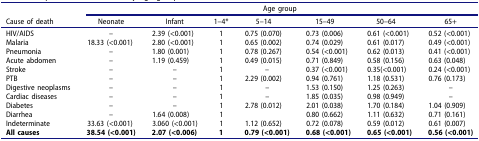
<table><thead><tr><td><b> </b></td><td colspan="7"><b>Age group</b></td></tr><tr><td><b>Cause of death</b></td><td><b>Neonate</b></td><td><b>Infant</b></td><td><b>1–4*</b></td><td><b>5–14</b></td><td><b>15–49</b></td><td><b>50–64</b></td><td><b>65+</b></td></tr></thead><tbody><tr><td>HIV/AIDS</td><td>–</td><td>2.39 (&lt;0.001)</td><td>1</td><td>0.75 (0.070)</td><td>0.73 (0.006)</td><td>0.61 (&lt;0.001)</td><td>0.52 (&lt;0.001)</td></tr><tr><td>Malaria</td><td>18.33 (&lt;0.001)</td><td>2.80 (&lt;0.001)</td><td>1</td><td>0.65 (0.002)</td><td>0.74 (0.029)</td><td>0.61 (0.017)</td><td>0.49 (&lt;0.001)</td></tr><tr><td>Pneumonia</td><td>–</td><td>1.80 (0.001)</td><td>1</td><td>0.78 (0.267)</td><td>0.54 (&lt;0.001)</td><td>0.62 (0.013)</td><td>0.41 (&lt;0.001)</td></tr><tr><td>Acute abdomen</td><td>–</td><td>1.19 (0.459)</td><td>1</td><td>0.49 (0.015)</td><td>0.71 (0.849)</td><td>0.58 (0.156)</td><td>0.63 (0.048)</td></tr><tr><td>Stroke</td><td>–</td><td>–</td><td>1</td><td>–</td><td>0.37 (&lt;0.001)</td><td>0.35(&lt;0.001)</td><td>0.24 (&lt;0.001)</td></tr><tr><td>PTB</td><td>–</td><td>–</td><td>1</td><td>2.29 (0.002)</td><td>0.94 (0.761)</td><td>1.18 (0.531)</td><td>0.76 (0.173)</td></tr><tr><td>Digestive neoplasms</td><td>–</td><td>–</td><td>1</td><td>–</td><td>1.53 (0.150)</td><td>1.25 (0.263)</td><td>–</td></tr><tr><td>Cardiac diseases</td><td>–</td><td>–</td><td>1</td><td>–</td><td>1.85 (0.035)</td><td>0.98 (0.949)</td><td>–</td></tr><tr><td>Diabetes</td><td>–</td><td>–</td><td>1</td><td>2.78 (0.012)</td><td>2.01 (0.038)</td><td>1.70 (0.184)</td><td>1.04 (0.909)</td></tr><tr><td>Diarrhea</td><td>–</td><td>1.64 (0.008)</td><td>1</td><td> </td><td>0.80 (0.662)</td><td>1.11 (0.632)</td><td>0.71 (0.161)</td></tr><tr><td>Indeterminate</td><td>33.63 (&lt;0.001)</td><td>3.060 (&lt;0.001)</td><td>1</td><td>1.12 (0.652)</td><td>0.72 (0.078)</td><td>0.59 (0.012)</td><td>0.61 (0.007)</td></tr><tr><td><b>All causes</b></td><td><b>38.54 (&lt;0.001)</b></td><td><b>2.07 (&lt;0.006)</b></td><td><b>1</b></td><td><b>0.79 (&lt;0.001)</b></td><td><b>0.68 (&lt;0.001)</b></td><td><b>0.65 (&lt;0.001)</b></td><td><b>0.56 (&lt;0.001)</b></td></tr></tbody></table>